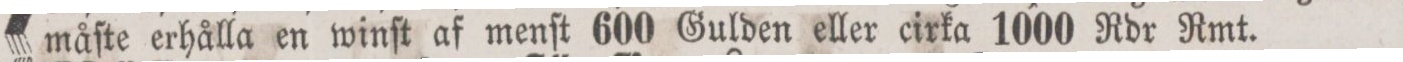
måſte erhålla en winſt af menſt 600 Gulden eller cirka 1000 Rdr Rmt.